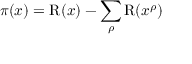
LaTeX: \pi ( x ) = \operatorname { R } ( x ) - \sum _ { \rho } \operatorname { R } ( x ^ { \rho } )